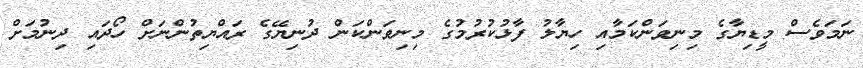
ނަމަވެސް މީޑިޔާގެ މިނިވަންކަމާއި ހިޔާލު ފާޅުކުރުމުގެ މިނިވަންކަން ދުނިޔޭގެ ރައްޔިތުންނަށް ހޯދައި ދިނުމަށް